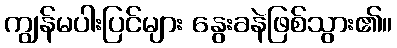
ကျွန်မပါးပြင်များ နွေးခနဲဖြစ်သွား၏။